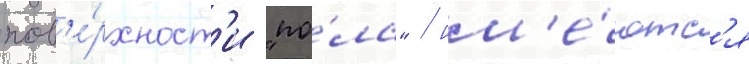
пов'е́рхност'и "по́ла" / им'е́ютс'я